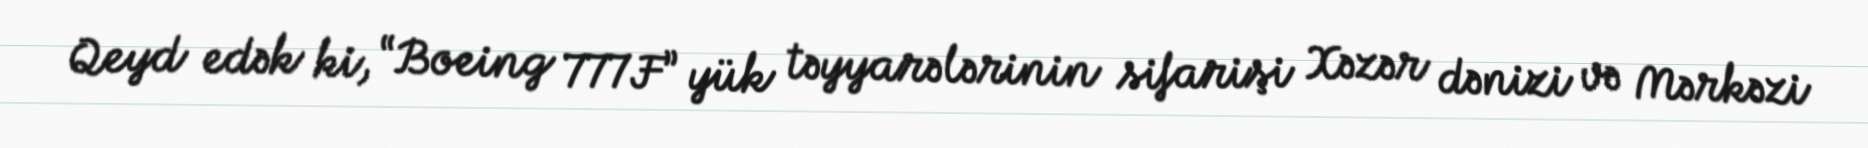
Qeyd edək ki, “Boeing 777F” yük təyyarələrinin sifarişi Xəzər dənizi və Mərkəzi